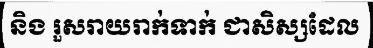
និង រួសរាយរាក់ទាក់ ជាសិស្សដែល